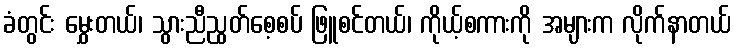
ခံတွင်း မွှေးတယ်၊ သွားညီညွတ်စေ့စပ် ဖြူစင်တယ်၊ ကိုယ့်စကားကို အများက လိုက်နာတယ်